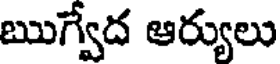
ఋగ్వేద ఆర్యులు